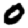
Digit: 0